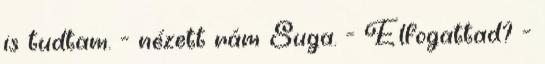
is tudtam. - nézett rám Suga. - Elfogattad? -